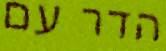
הדר עם